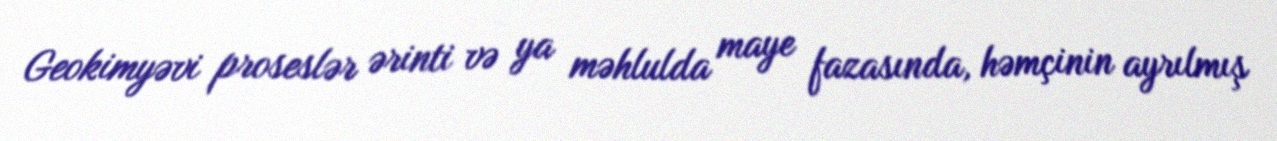
Geokimyəvi proseslər ərinti və ya məhlulda maye fazasında, həmçinin ayrılmış